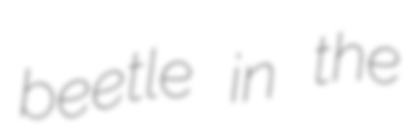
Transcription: beetle in the